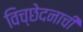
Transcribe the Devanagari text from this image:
विच्छेदनाची